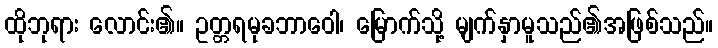
ထိုဘုရား လောင်း၏။ ဥတ္တရမုခဘာဝေါ၊ မြောက်သို့ မျက်နှာမူသည်၏အဖြစ်သည်။